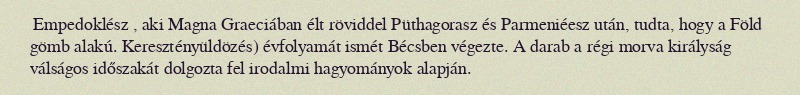
Empedoklész , aki Magna Graeciában élt röviddel Püthagorasz és Parmeniéesz után, tudta, hogy a Föld gömb alakú. Keresztényüldözés) évfolyamát ismét Bécsben végezte. A darab a régi morva királyság válságos időszakát dolgozta fel irodalmi hagyományok alapján.